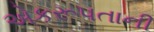
એકરૂપતાની